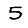
Digit: 5